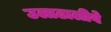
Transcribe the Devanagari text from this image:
उलाढालीवे